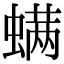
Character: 螨